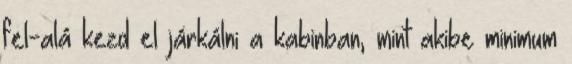
fel-alá kezd el járkálni a kabinban, mint akibe minimum